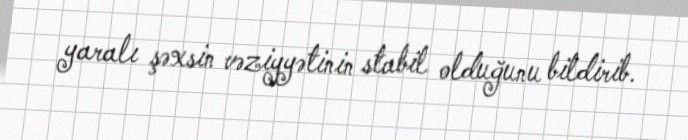
yaralı şəxsin vəziyyətinin stabil olduğunu bildirib.